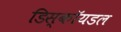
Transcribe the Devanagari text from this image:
डिस्कॉयडल